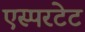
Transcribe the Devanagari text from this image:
एस्परटेट